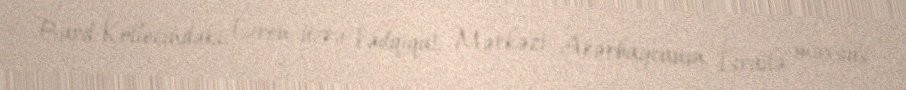
Bard Kollecindəki Dron üzrə Tədqiqat Mərkəzi Azərbaycanın İsrailə məxsus